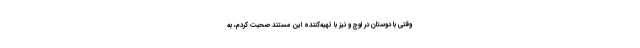
وقتی با دوستان در اوج و نیز با تهیه‌کننده این مستند صحبت کردم، به